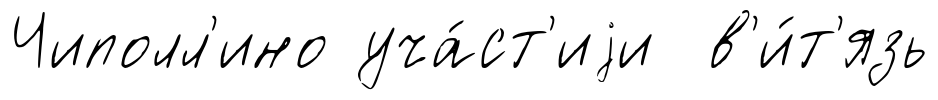
Чиполл'ино уча́ст'иjи в'и́т'язь